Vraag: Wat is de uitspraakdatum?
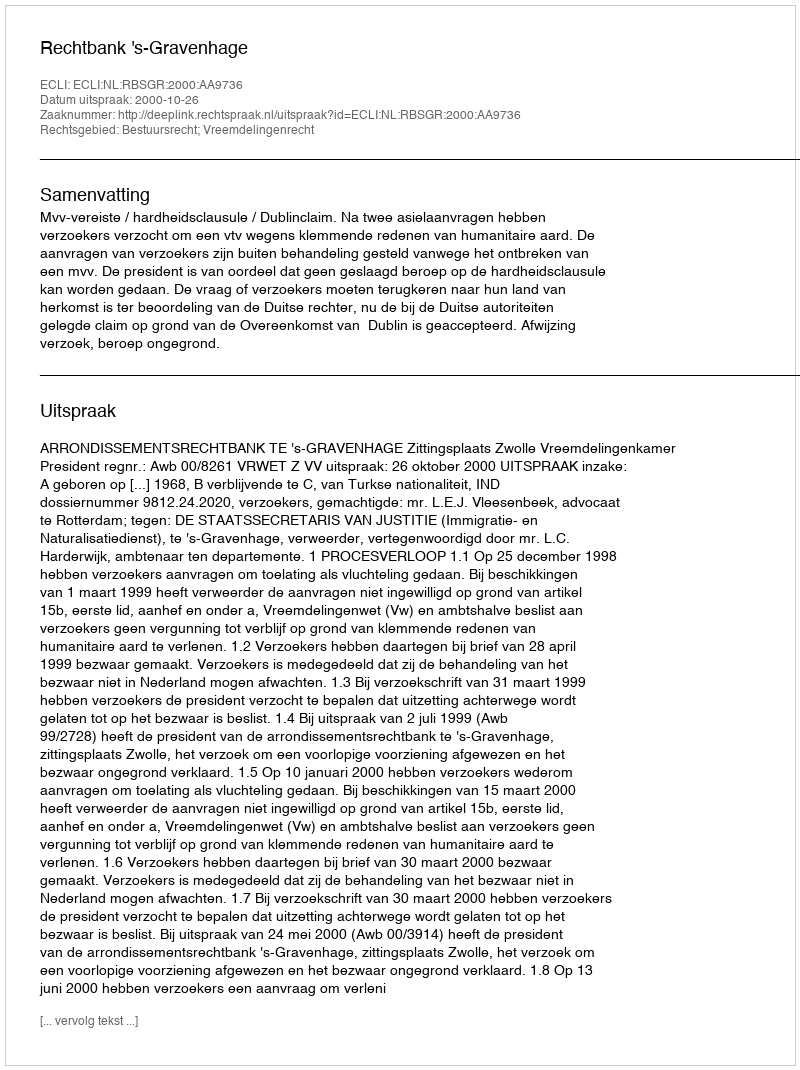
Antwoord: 2000-10-26